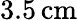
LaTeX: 3.5\, \mathrm{cm}